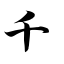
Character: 千